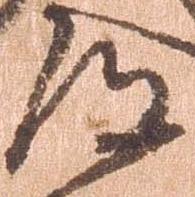
道